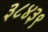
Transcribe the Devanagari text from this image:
३८४३९